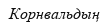
Корнвальдың